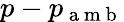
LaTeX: p-p_{\mathrm{~a~m~b~}}